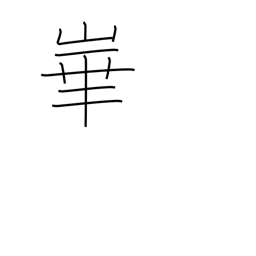
Meaning: name of mountain